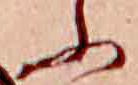
ふ